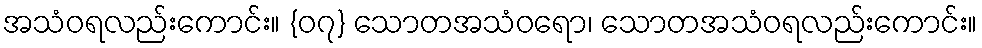
အသံဝရလည်းကောင်း။ {၀၇} သောတအသံဝရော၊ သောတအသံဝရလည်းကောင်း။